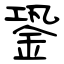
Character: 銎